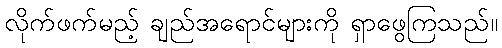
လိုက်ဖက်မည့် ချည်အရောင်များကို ရှာဖွေကြသည်။